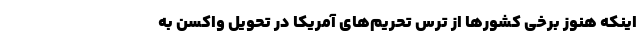
اینکه هنوز برخی کشورها از ترس تحریم‌های آمریکا در تحویل واکسن به